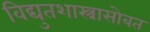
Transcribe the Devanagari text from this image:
विद्युतशास्त्रासोबत